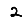
Digit: 2